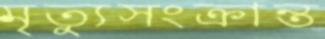
মৃত্যুসংক্রান্ত